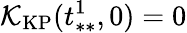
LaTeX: \mathcal{K}_{\mathrm{KP}}(t_{**}^{1},0)=0